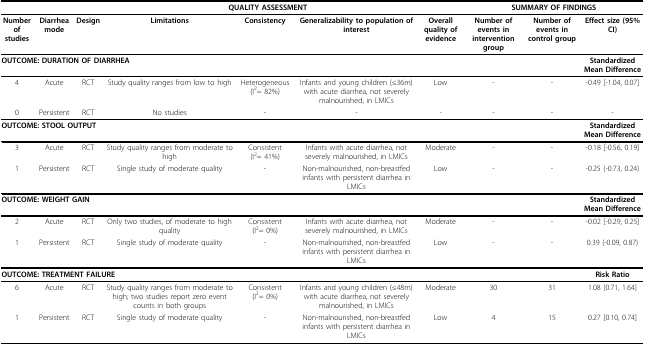
<table><thead><tr><td></td><td></td><td colspan="5"><b>QUALITY ASSESSMENT</b></td><td colspan="3"><b>SUMMARY OF FINDINGS</b></td></tr></thead><tbody><tr><td><b>Number of studies</b></td><td><b>Diarrhea mode</b></td><td><b>Design</b></td><td><b>Limitations</b></td><td><b>Consistency</b></td><td><b>Generalizability to population of interest</b></td><td><b>Overall quality of evidence</b></td><td><b>Number of events in intervention group</b></td><td><b>Number of events in control group</b></td><td><b>Effect size (95% CI)</b></td></tr><tr><td colspan="9"><b>OUTCOME: DURATION OF DIARRHEA</b></td><td><b>Standardized Mean Difference</b></td></tr><tr><td>4</td><td>Acute</td><td>RCT</td><td>Study quality ranges from low to high</td><td>Heterogeneous (I<sup>2</sup>= 82%)</td><td>Infants and young children (≤36m) with acute diarrhea, not severely malnourished, in LMICs</td><td>Low</td><td>-</td><td>-</td><td>-0.49 [-1.04, 0.07]</td></tr><tr><td>0</td><td>Persistent</td><td>RCT</td><td>No studies</td><td>-</td><td>-</td><td>-</td><td>-</td><td>-</td><td>-</td></tr><tr><td colspan="9"><b>OUTCOME: STOOL OUTPUT</b></td><td><b>Standardized Mean Difference</b></td></tr><tr><td>3</td><td>Acute</td><td>RCT</td><td>Study quality ranges from moderate to high</td><td>Consistent (I<sup>2</sup>= 41%)</td><td>Infants with acute diarrhea, not severely malnourished, in LMICs</td><td>Moderate</td><td>-</td><td>-</td><td>-0.18 [-0.56, 0.19]</td></tr><tr><td>1</td><td>Persistent</td><td>RCT</td><td>Single study of moderate quality</td><td>-</td><td>Non-malnourished, non-breastfed infants with persistent diarrhea in LMICs</td><td>Low</td><td>-</td><td>-</td><td>-0.25 (-0.73, 0.24)</td></tr><tr><td colspan="9"><b>OUTCOME: WEIGHT GAIN</b></td><td><b>Standardized Mean Difference</b></td></tr><tr><td>2</td><td>Acute</td><td>RCT</td><td>Only two studies, of moderate to high quality</td><td>Consistent (I<sup>2</sup>= 0%)</td><td>Infants with acute diarrhea, not severely malnourished, in LMICs</td><td>Moderate</td><td>-</td><td>-</td><td>-0.02 [-0.29, 0.25]</td></tr><tr><td>1</td><td>Persistent</td><td>RCT</td><td>Single study of moderate quality</td><td>-</td><td>Non-malnourished, non-breastfed infants with persistent diarrhea in LMICs</td><td>Low</td><td>-</td><td>-</td><td>0.39 (-0.09, 0.87)</td></tr><tr><td colspan="9"><b>OUTCOME: TREATMENT FAILURE</b></td><td><b>Risk Ratio</b></td></tr><tr><td>6</td><td>Acute</td><td>RCT</td><td>Study quality ranges from moderate to high; two studies report zero event counts in both groups</td><td>Consistent (I<sup>2</sup>= 0%)</td><td>Infants and young children (≤48m) with acute diarrhea, not severely malnourished, in LMICs</td><td>Moderate</td><td>30</td><td>31</td><td>1.08 [0.71, 1.64]</td></tr><tr><td>1</td><td>Persistent</td><td>RCT</td><td>Single study of moderate quality</td><td>-</td><td>Non-malnourished, non-breastfed infants with persistent diarrhea in LMICs</td><td>Low</td><td>4</td><td>15</td><td>0.27 [0.10, 0.74]</td></tr></tbody></table>